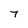
Character: 7